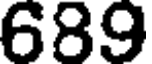
689